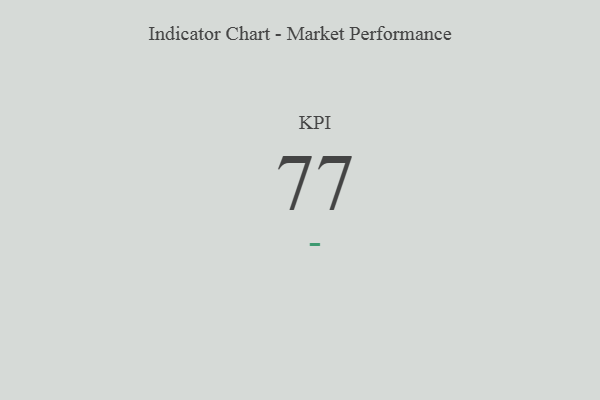
{"axis": {"x": "KPI", "y": "Value"}, "legend": [""], "data": [{"x": "KPI", "y": 77, "type": ""}]}